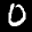
Label: 0